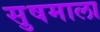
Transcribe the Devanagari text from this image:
सु़षमाला